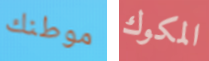
موطنك المكوك